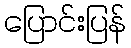
ပြောင်းပြန်